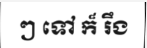
ៗ ទៅ ក៏ រឹង